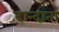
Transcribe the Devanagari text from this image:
दान्दाता